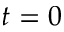
t = 0